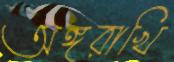
অঙ্গরাখি